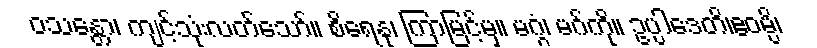
ဝသန္တော၊ ကျင့်သုံးလတ်သော်။ စိရေနု၊ ကြာမြင့်မှ။ မဂ္ဂံ၊ မဂ်ကို။ ဥပ္ပါဒေတိ၊ဧဝမ္ပိ၊